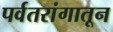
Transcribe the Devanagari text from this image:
पर्वतरांगातून